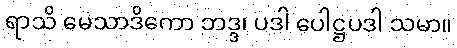
ရာသိ မေသာဒိကော ဘဒ္ဒ၊ ပဒါ ပေါဋ္ဌပဒါ သမာ။